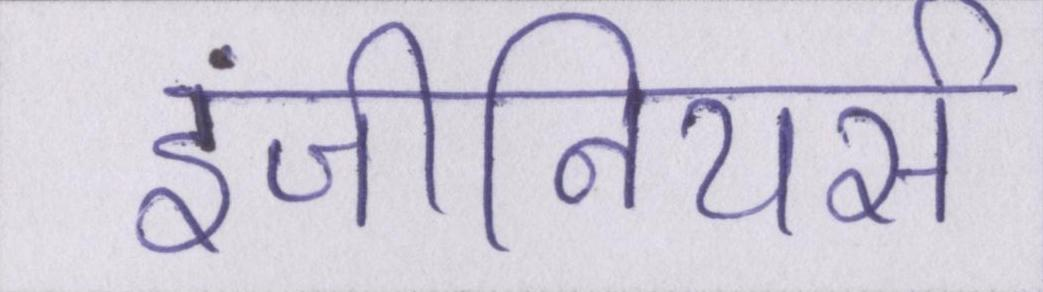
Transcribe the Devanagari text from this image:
इंजीनियर्स